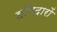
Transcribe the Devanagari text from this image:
हमिदारों